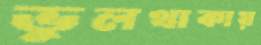
ভুলথাকায়